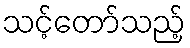
သင့်တော်သည့်